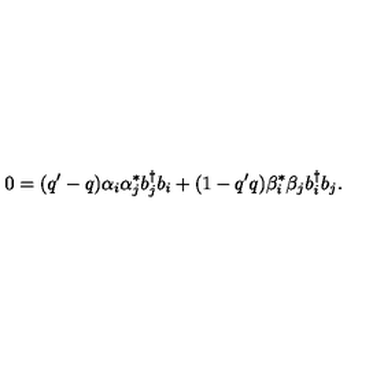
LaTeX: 0 = ( q ^ { \prime } - q ) \alpha _ { i } \alpha _ { j } ^ { * } b _ { j } ^ { \dagger } b _ { i } + ( 1 - q ^ { \prime } q ) \beta _ { i } ^ { * } \beta _ { j } b _ { i } ^ { \dagger } b _ { j } .